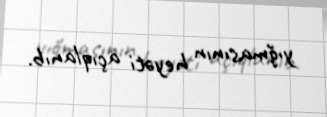
yığmasının heyəti açıqlanıb.